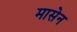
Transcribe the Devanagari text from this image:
मासेन